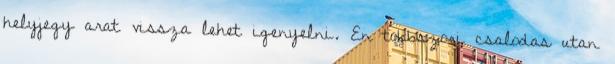
helyjegy arat vissza lehet igenyelni. En tobbszori csalodas utan